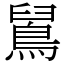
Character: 䳔